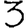
Digit: 3